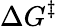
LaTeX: \Delta G^{\ddagger}